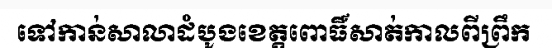
ទៅកាន់សាលាដំបូងខេត្តពោធិ៍សាត់កាលពីព្រឹក